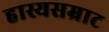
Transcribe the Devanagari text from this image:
हास्यसम्राट